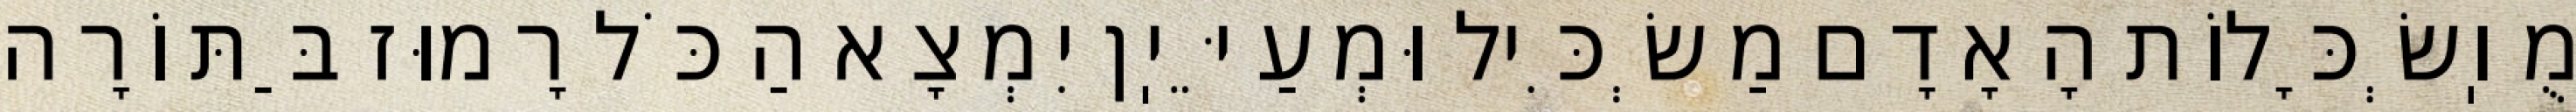
מֻוֽשְׂכָּלוֹת הָאָדָם מַשְׂכִּיל וּמְעַיֵּיֽן יִמְצָא הַכֹּל רָמוּז בַּתּוֹרָה